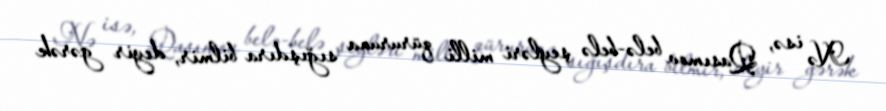
Nə isə, Qasımov belə-belə şeyləri milli qüruruna sığışdıra bilmir, deyir gərək